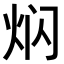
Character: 𤇄